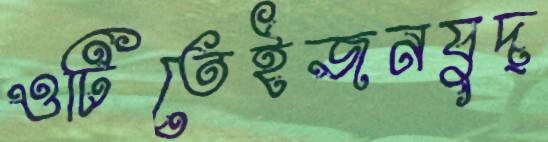
ওটিতেইজনযুদ্